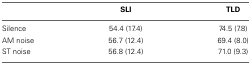
<table><thead><tr><td></td><td><b>SLI</b></td><td><b>TLD</b></td></tr></thead><tbody><tr><td>Silence</td><td>54.4 (17.4)</td><td>74.5 (7.8)</td></tr><tr><td>AM noise</td><td>56.7 (12.4)</td><td>69.4 (8.0)</td></tr><tr><td>ST noise</td><td>56.8 (12.4)</td><td>71.0 (9.3)</td></tr></tbody></table>